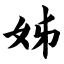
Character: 姊